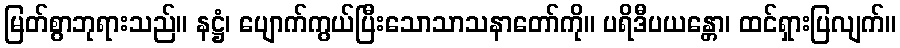
မြတ်စွာဘုရားသည်။ နဋ္ဌံ၊ ပျောက်ကွယ်ပြီးသောသာသနာတော်ကို။ ပရိဒီပယန္တော၊ ထင်ရှားပြလျက်။